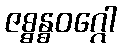
ဇစ္စန္ဓဝဂ္ဂေါ